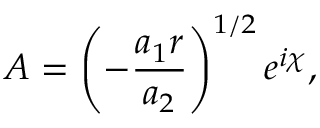
A = \left( - \frac { a _ { 1 } r } { a _ { 2 } } \right) ^ { 1 / 2 } e ^ { i \chi } ,